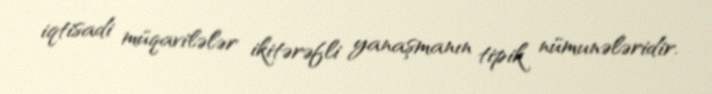
iqtisadi müqavilələr ikitərəfli yanaşmanın tipik nümunələridir.